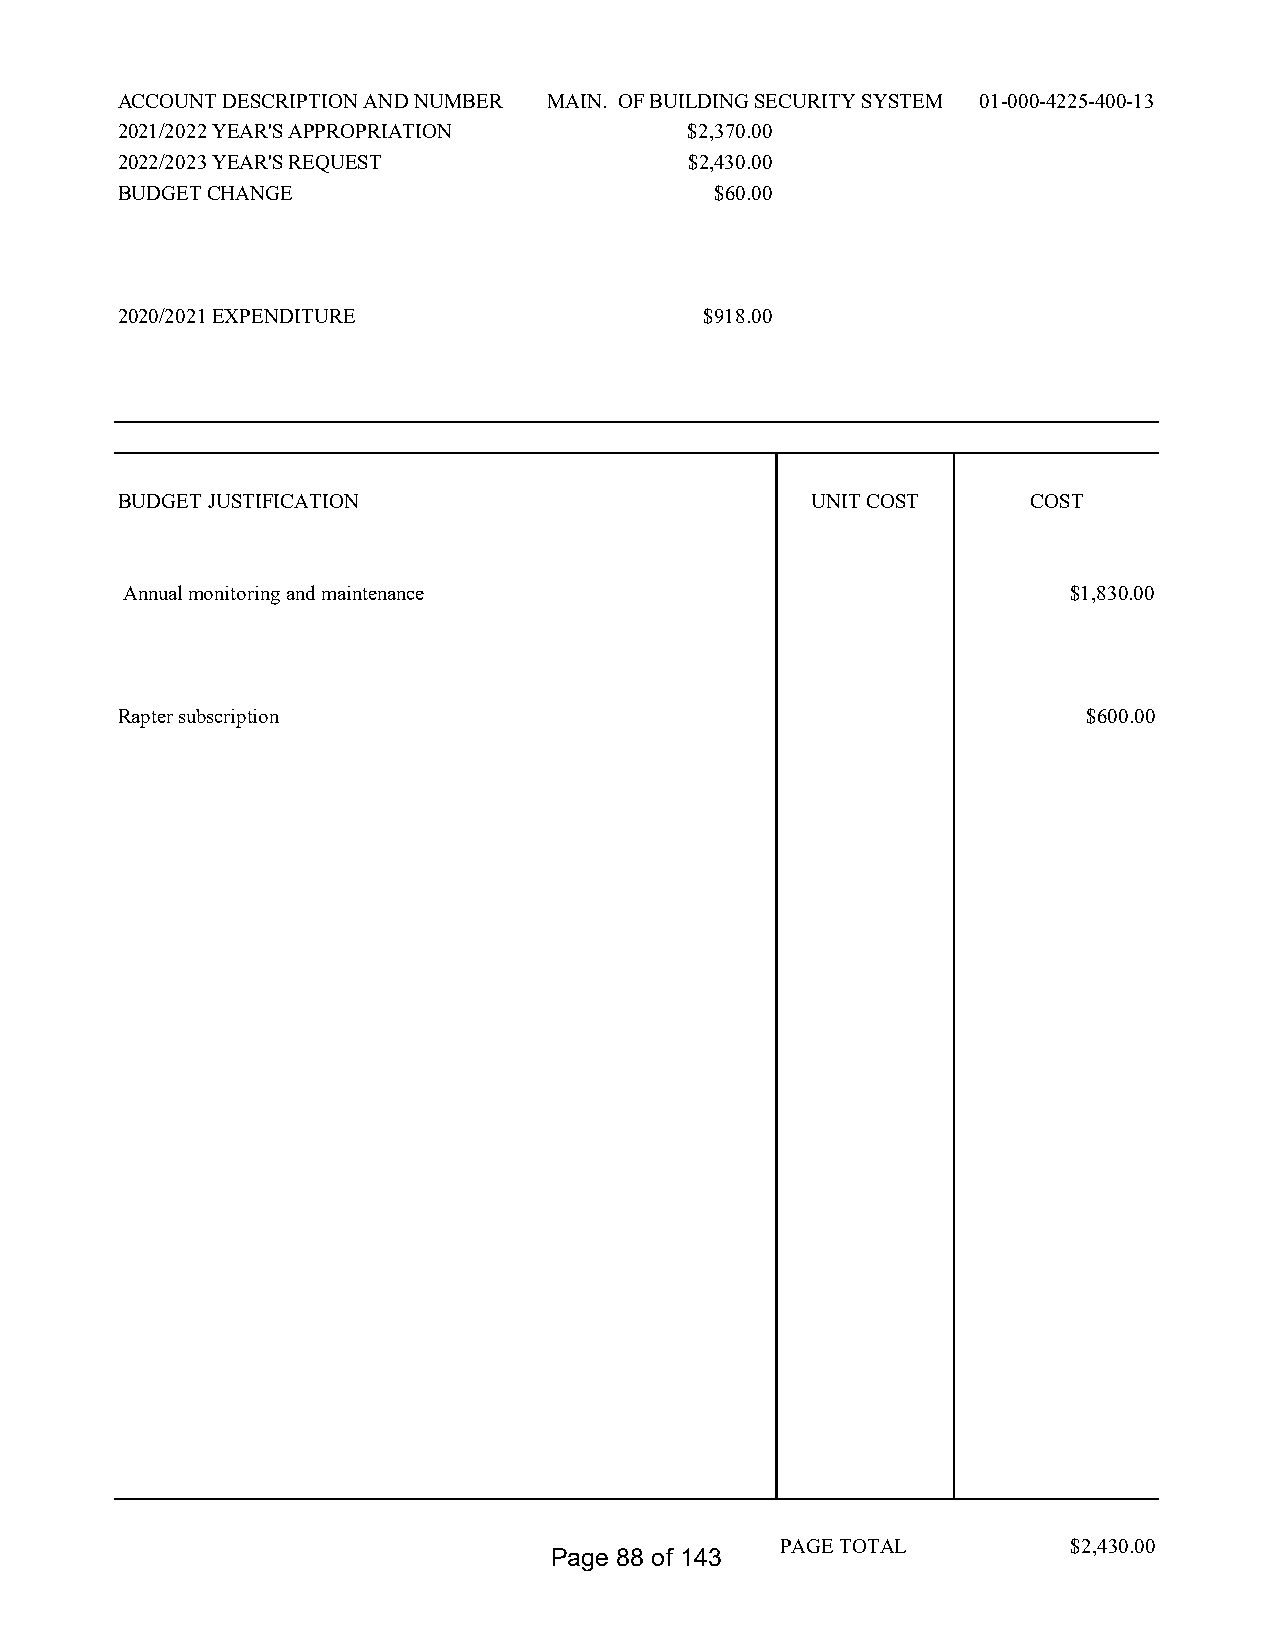
ACCOUNT DESCRIPTION AND NUMBER MAIN. OF BUILDING SECURITY SYSTEM 01-000-4225-400-13
 2021/2022 YEAR'S APPROPRIATION        $2,370.00
 2022/2023 YEAR'S REQUEST              $2,430.00
 BUDGET CHANGE                          $60.00
 2020/2021 EXPENDITURE                  $918.00
 BUDGET JUSTIFICATION                          UNIT COST     COST
 Annual monitoring and maintenance                              $1,830.00
 Rapter subscription                                             $600.00
 PAGE TOTAL         $2,430.00
 Page 88 of 143